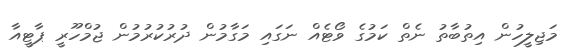
މަޖިލީހުން އިތުބާތު ނެތް ކަމުގެ ވޯޓެއް ނަގައި މަގާމުން ދުރުކުރުމުން ޖުމްހޫރީ ޕާޓީއާ